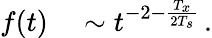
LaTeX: \begin{array}{rl}{f(t)}&{{}\sim t^{-2-\frac{T_{x}}{2T_{s}}}\, .}\end{array}